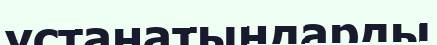
ұстанатындарды